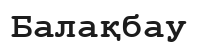
Балақбау